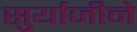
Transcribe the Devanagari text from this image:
सुर्याजीने